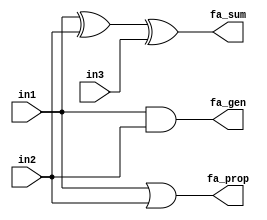
`timescale 1ns / 1ps
//////////////////////////////////////////////////////////////////////////////////
// Company: 
// Engineer: 
// 
// Design Name: 
// Module Name: carry_LA
// Project Name: 
// Target Devices: 
// Tool Versions: 
// Description: 
// 
// Dependencies: 
// 
// Revision:
// Revision 0.01 - File Created
// Additional Comments:
// 
//////////////////////////////////////////////////////////////////////////////////


module carry_LA(
    input in1,
    input in2,
    input in3,
    output fa_gen,
    output fa_prop,
    output fa_sum
    );
    wire ha_sum1,ha_sum2;
    
    xor #1 xor_gate1(ha_sum1,in1,in2);
    xor #1 xor_gate2(fa_sum,ha_sum1,in3);
    and #1 and_gate1(fa_gen,in1,in2);
    or  #1  or_gate1(fa_prop,in1,in2);
endmodule